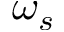
\omega _ { s }